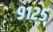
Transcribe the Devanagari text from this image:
९१२५